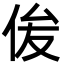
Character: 㑓